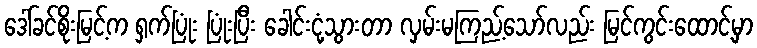
ဒေါ်ခင်စိုးမြင့်က ရှက်ပြုံး ပြုံးပြီး ခေါင်းငုံ့သွားတာ လှမ်းမကြည့်သော်လည်း မြင်ကွင်းထောင့်မှာ